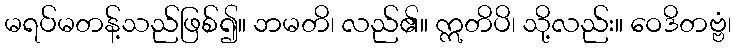
မရပ်မတန့်သည်ဖြစ်၍။ ဘမတိ၊ လည်၏။ ဣတိပိ၊ သို့လည်း။ ဝေဒိတဗ္ဗံ၊